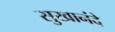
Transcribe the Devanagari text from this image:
सुखानंदे